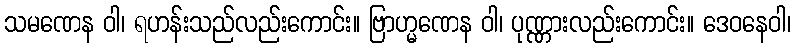
သမဏေန ဝါ၊ ရဟန်းသည်လည်းကောင်း။ ဗြာဟ္မဏေန ဝါ၊ ပုဏ္ဏားလည်းကောင်း။ ဒေဝနေဝါ၊